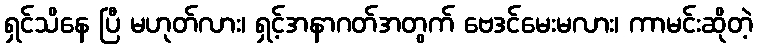
ရှင်သိနေ ပြီ မဟုတ်လား၊ ရှင့်အနာဂတ်အတွက် ဗေဒင်မေးမလား၊ ကာမင်းဆိုတဲ့